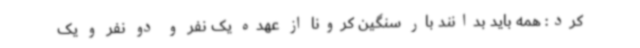
کرد: همه باید بدانند بار سنگین کرونا از عهده یک نفر و دو نفر و یک